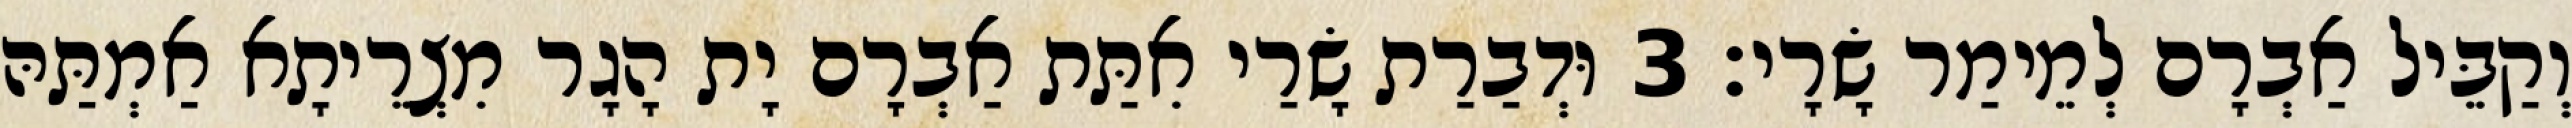
וְקַבֵּיל אַבְרָם לְמֵימַר שָׂרָי׃ 3 וּדְבַרַת שָׂרַי אִתַּת אַבְרָם יָת הָגָר מִצְרֵיתָא אַמְתַּהּ